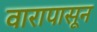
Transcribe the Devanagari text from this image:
वारापासून